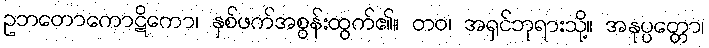
ဥဘတောကောဋိကော၊ နှစ်ဖက်အစွန်းထွက်၏။ တဝ၊ အရှင်ဘုရားသို့။ အနုပ္ပတ္တော၊